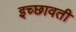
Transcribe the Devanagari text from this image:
इच्छावती